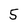
Character: 5